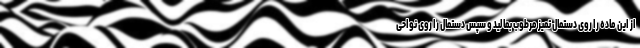
از این ماده را روی دستمال تمیز مرطوب بمالید و سپس دستمال را روی نواحی